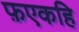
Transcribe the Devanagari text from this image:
फ़एकहि